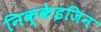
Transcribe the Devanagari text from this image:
निक्केइजिन